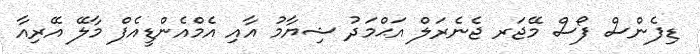
ޑިފެންސް ފޯސް މޭޖަރ ޖެނެރަލް އަޙްމަދު ޝިޔާމު އާއި އެމްއެންޑީއެފް މާލޭ އޭރިއާ